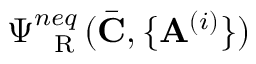
\Psi _ { \mathrm { ~ \tiny ~ R ~ } } ^ { n e q } ( \bar { \mathbf { C } } , \{ \mathbf { A } ^ { ( i ) } \} )